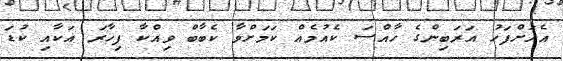
އެއަށްފަހު އަރަބިންގެ ހާއްސަ ކެއުމެއް ކަމަށްވާ ކެބާބް ވިއްކާ ފިހާރަ އަކާއި ކުޑަ